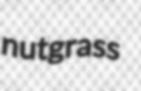
nutgrass